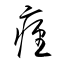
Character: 痙